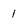
Character: 1